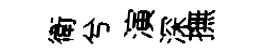
衛兮演深撫